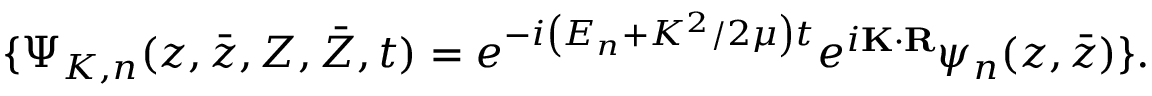
\{ \Psi _ { K , n } ( z , \bar { z } , Z , \bar { Z } , t ) = e ^ { - i \left( E _ { n } + K ^ { 2 } / 2 \mu \right) t } e ^ { i { \bf K } \cdot { \bf R } } \psi _ { n } ( z , \bar { z } ) \} .